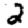
Digit: 2